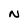
Character: N